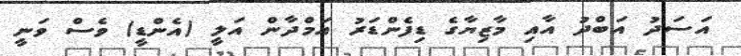
އަސަދު އަބްދު އާއި މާޒިޔާގެ ޑިފެންޑަރު އަމްދާން އަލީ (އެންޑީ) ވެސް ވަނީ